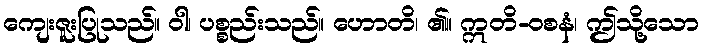
ကျေးဇူးပြုသည်။ ဝါ၊ ပစ္စည်းသည်။ ဟောတိ၊ ၏။ ဣတိ-ဝစနံ၊ ဤသို့သော